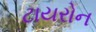
ટાયરોન